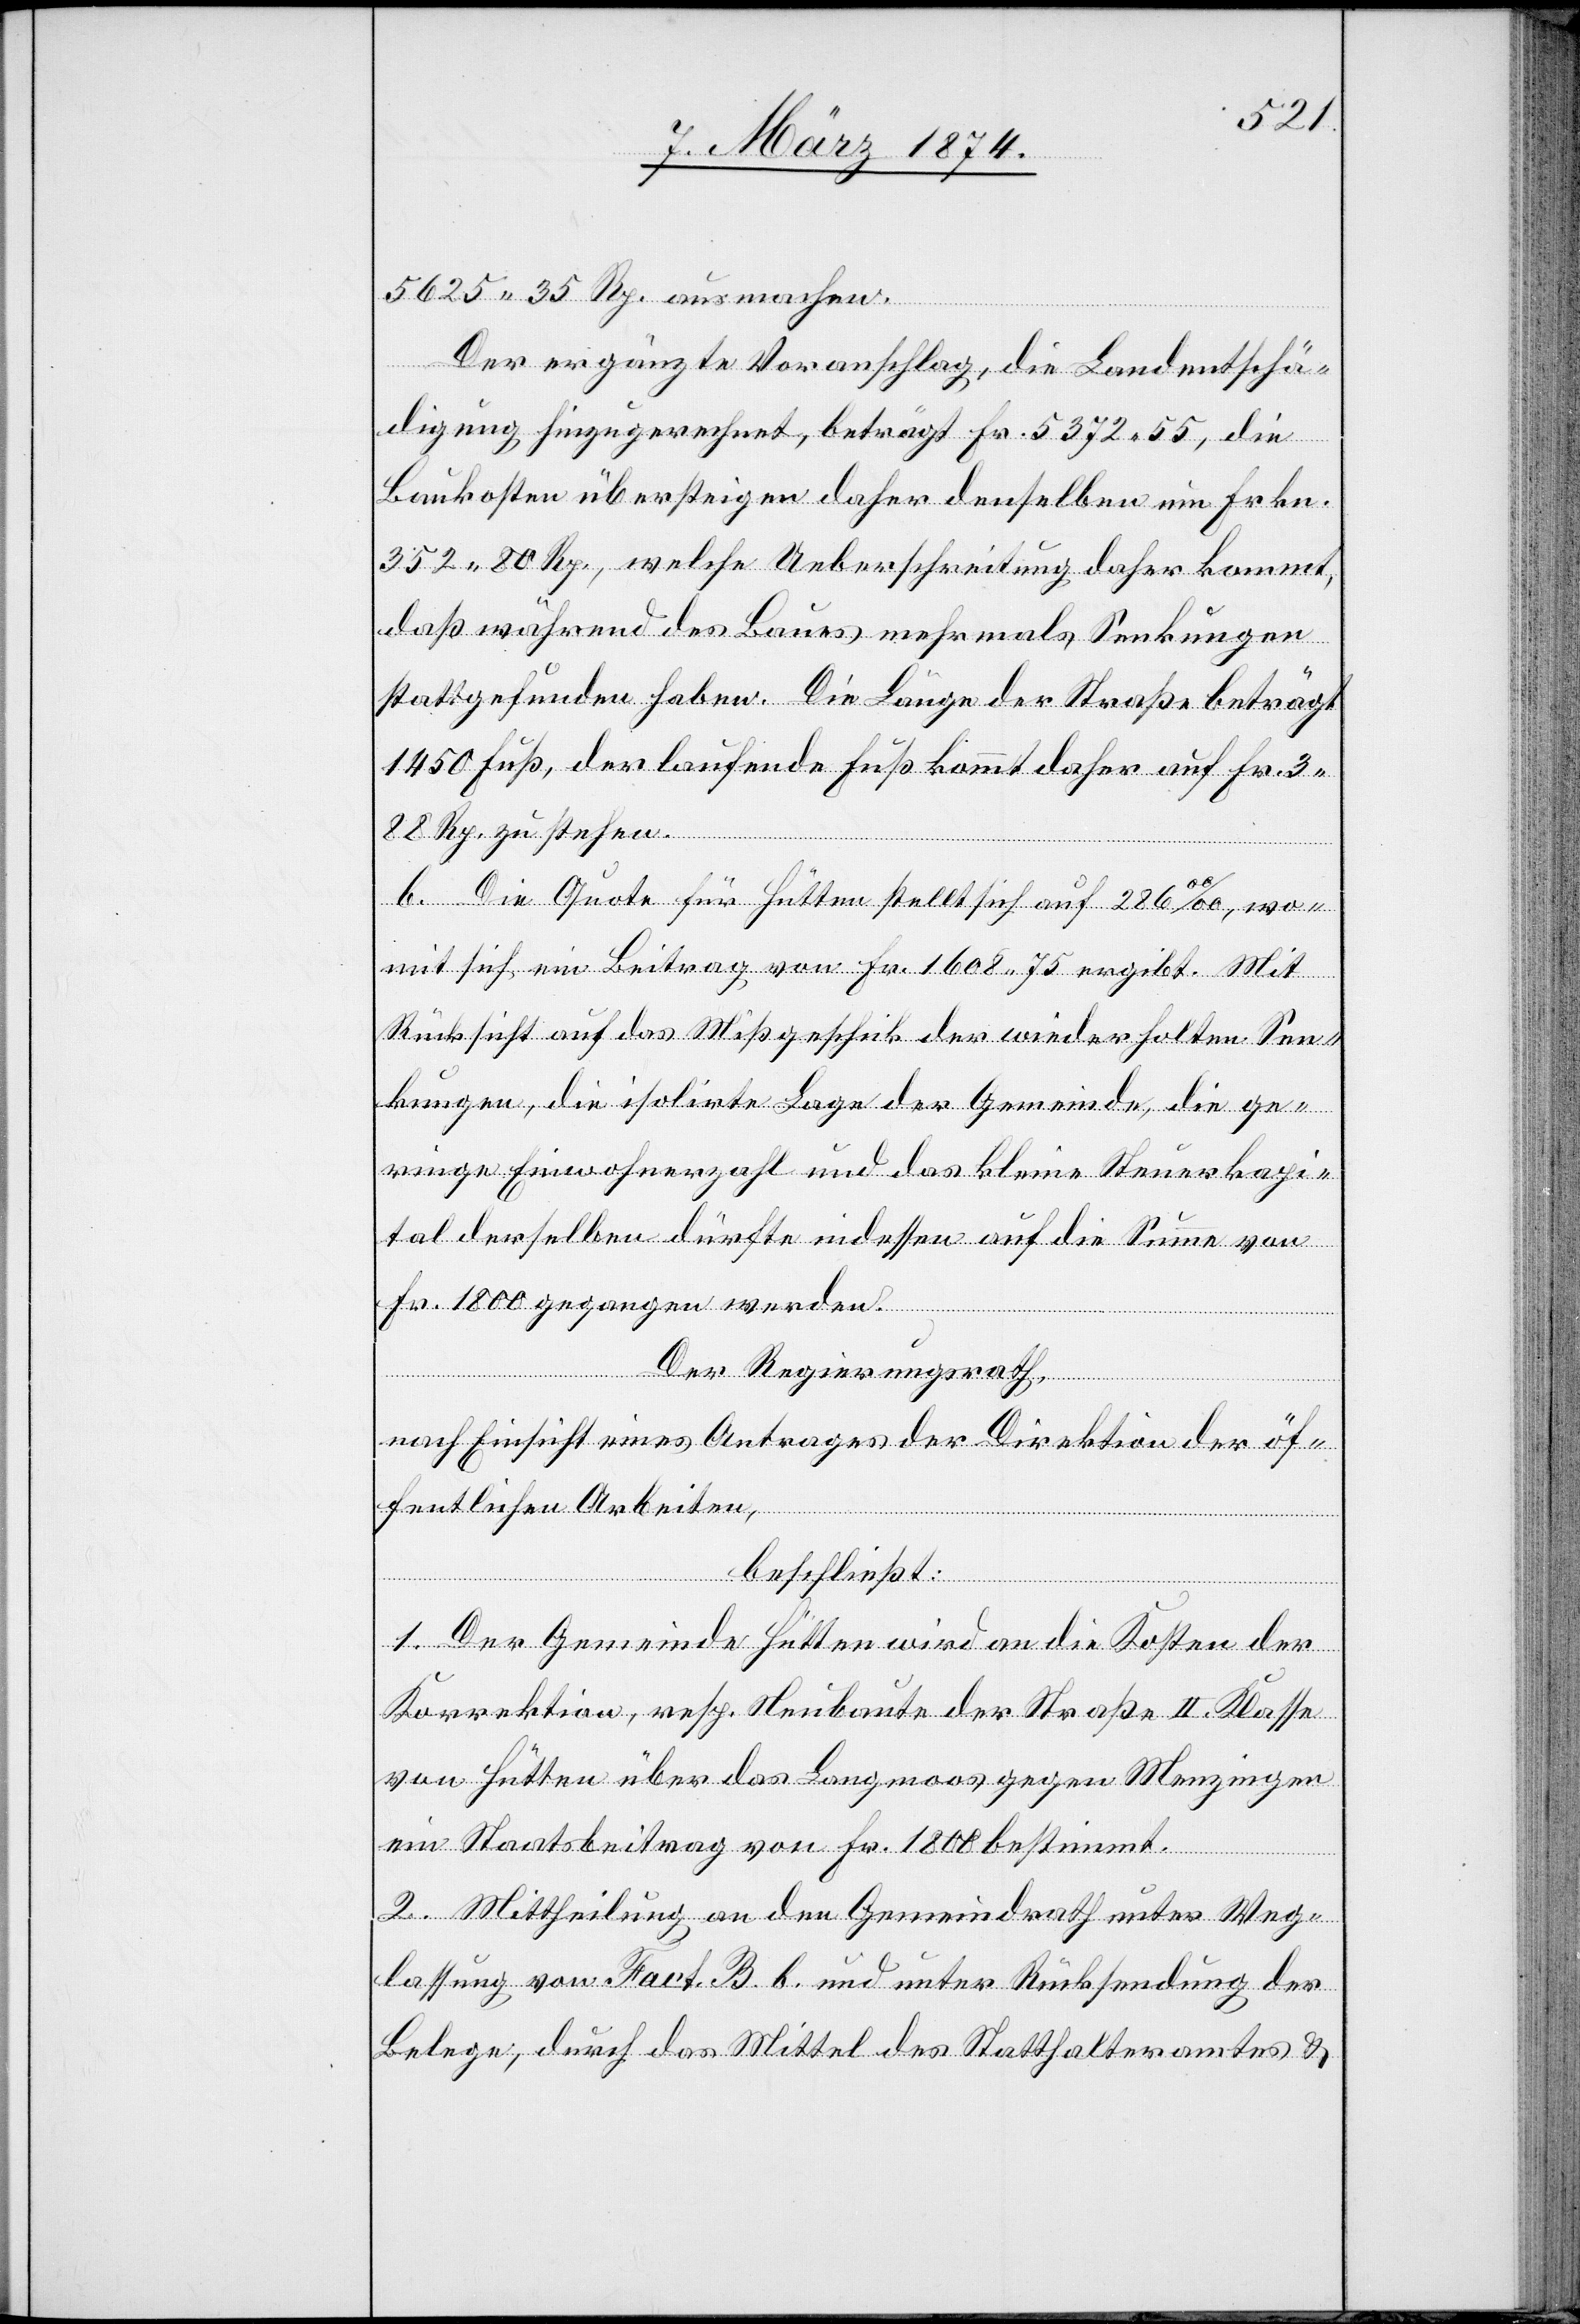
5625.35 Rp. ausmachen.
Der ergänzte Voranschlag, die Landentschä¬
digung hinzugerechnet, beträgt Fr. 5372.55, die
Baukosten übersteigen daher denselben um Frkn.
352.80 Rp., welche Ueberschreitung daher kommt,
daß während des Baues mehrmals Senkungen
stattgefunden haben. Die Länge der Straße beträgt
1450 Fuß, der laufende Fuß kommt daher auf Fr.
3.88 Rp. zu stehen.
b. Die Quote für Hütten stellt sich auf 286oo/oo
mit sich ein Beitrag von Fr. 1608.75 ergibt. Mit
Rücksicht auf das Mißgeschick der wiederholten Sen¬
kungen, die isolirte Lage der Gemeinde, die ge¬
ringe Einwohnerzahl und das kleine Steuerkapi¬
tal derselben dürfte indessen auf die Summe von
Fr. 1800 gegangen werden.
Der Regierungsrath,
wo¬
nach Einsicht eines Antrages der Direktion der öf¬
fentlichen Arbeiten,
beschließt:
1. Der Gemeinde Hütten wird an die Kosten der
Korrektion, resp. Neubaute der Straße II. Klasse
von Hütten über das Langmoos gegen Menzingen
ein Staatsbeitrag von Fr. 1808 bestimmt.
2. Mittheilung an den Gemeindrath unter Weg¬
lassung von Fact. B. b. und unter Rücksendung der
Belege, durch das Mittel des Statthalteramtes u.